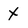
Character: x